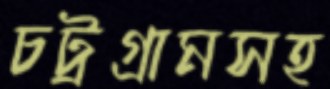
চট্রগ্রামসহ